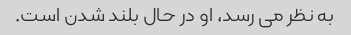
به نظر می رسد، او در حال بلند شدن است.